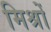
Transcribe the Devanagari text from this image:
मिश्रों